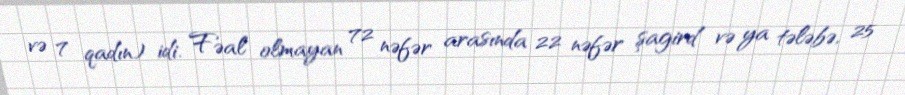
və 7 qadın) idi. Fəal olmayan 72 nəfər arasında 22 nəfər şagird və ya tələbə, 25